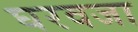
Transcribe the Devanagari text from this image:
घरवजा